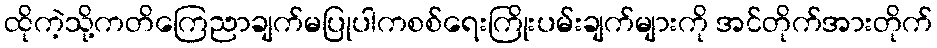
ထိုကဲ့သို့ကတိကြေညာချက်မပြုပါကစစ်ရေးကြိုးပမ်းချက်များကို အင်တိုက်အားတိုက်